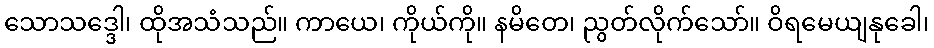
သောသဒ္ဒေါ၊ ထိုအသံသည်။ ကာယေ၊ ကိုယ်ကို။ နမိတေ၊ ညွတ်လိုက်သော်။ ဝိရမေယျနုခေါ၊